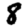
Digit: 8